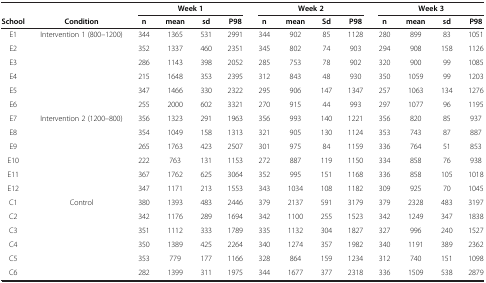
<table><thead><tr><td><b> </b></td><td><b> </b></td><td colspan="4"><b>Week 1</b></td><td colspan="4"><b>Week 2</b></td><td colspan="4"><b>Week 3</b></td></tr><tr><td><b>School</b></td><td><b>Condition</b></td><td><b>n</b></td><td><b>mean</b></td><td><b>sd</b></td><td><b>P98</b></td><td><b>n</b></td><td><b>mean</b></td><td><b>Sd</b></td><td><b>P98</b></td><td><b>n</b></td><td><b>mean</b></td><td><b>sd</b></td><td><b>P98</b></td></tr></thead><tbody><tr><td>E1</td><td rowspan="6">Intervention 1 (800–1200)</td><td>344</td><td>1365</td><td>531</td><td>2991</td><td>344</td><td>902</td><td>85</td><td>1128</td><td>280</td><td>899</td><td>83</td><td>1051</td></tr><tr><td>E2</td><td>352</td><td>1337</td><td>460</td><td>2351</td><td>345</td><td>802</td><td>74</td><td>903</td><td>294</td><td>908</td><td>158</td><td>1126</td></tr><tr><td>E3</td><td>286</td><td>1143</td><td>398</td><td>2052</td><td>285</td><td>753</td><td>78</td><td>902</td><td>320</td><td>900</td><td>99</td><td>1085</td></tr><tr><td>E4</td><td>215</td><td>1648</td><td>353</td><td>2395</td><td>312</td><td>843</td><td>48</td><td>930</td><td>350</td><td>1059</td><td>99</td><td>1203</td></tr><tr><td>E5</td><td>347</td><td>1466</td><td>330</td><td>2322</td><td>295</td><td>906</td><td>147</td><td>1347</td><td>257</td><td>1063</td><td>134</td><td>1276</td></tr><tr><td>E6</td><td>255</td><td>2000</td><td>602</td><td>3321</td><td>270</td><td>915</td><td>44</td><td>993</td><td>297</td><td>1077</td><td>96</td><td>1195</td></tr><tr><td>E7</td><td rowspan="6">Intervention 2 (1200–800)</td><td>356</td><td>1323</td><td>291</td><td>1963</td><td>356</td><td>993</td><td>140</td><td>1221</td><td>356</td><td>820</td><td>85</td><td>937</td></tr><tr><td>E8</td><td>354</td><td>1049</td><td>158</td><td>1313</td><td>321</td><td>905</td><td>130</td><td>1124</td><td>353</td><td>743</td><td>87</td><td>887</td></tr><tr><td>E9</td><td>265</td><td>1763</td><td>423</td><td>2507</td><td>301</td><td>975</td><td>84</td><td>1159</td><td>336</td><td>764</td><td>51</td><td>853</td></tr><tr><td>E10</td><td>222</td><td>763</td><td>131</td><td>1153</td><td>272</td><td>887</td><td>119</td><td>1150</td><td>334</td><td>858</td><td>76</td><td>938</td></tr><tr><td>E11</td><td>367</td><td>1762</td><td>625</td><td>3064</td><td>352</td><td>995</td><td>151</td><td>1168</td><td>336</td><td>858</td><td>105</td><td>1018</td></tr><tr><td>E12</td><td>347</td><td>1171</td><td>213</td><td>1553</td><td>343</td><td>1034</td><td>108</td><td>1182</td><td>309</td><td>925</td><td>70</td><td>1045</td></tr><tr><td>C1</td><td rowspan="6">Control</td><td>380</td><td>1393</td><td>483</td><td>2446</td><td>379</td><td>2137</td><td>591</td><td>3179</td><td>379</td><td>2328</td><td>483</td><td>3197</td></tr><tr><td>C2</td><td>342</td><td>1176</td><td>289</td><td>1694</td><td>342</td><td>1100</td><td>255</td><td>1523</td><td>342</td><td>1249</td><td>347</td><td>1838</td></tr><tr><td>C3</td><td>351</td><td>1112</td><td>333</td><td>1789</td><td>335</td><td>1132</td><td>304</td><td>1827</td><td>327</td><td>996</td><td>240</td><td>1527</td></tr><tr><td>C4</td><td>350</td><td>1389</td><td>425</td><td>2264</td><td>340</td><td>1274</td><td>357</td><td>1982</td><td>340</td><td>1191</td><td>389</td><td>2362</td></tr><tr><td>C5</td><td>353</td><td>779</td><td>177</td><td>1166</td><td>328</td><td>864</td><td>159</td><td>1234</td><td>312</td><td>740</td><td>151</td><td>1098</td></tr><tr><td>C6</td><td>282</td><td>1399</td><td>311</td><td>1975</td><td>344</td><td>1677</td><td>377</td><td>2318</td><td>336</td><td>1509</td><td>538</td><td>2879</td></tr></tbody></table>